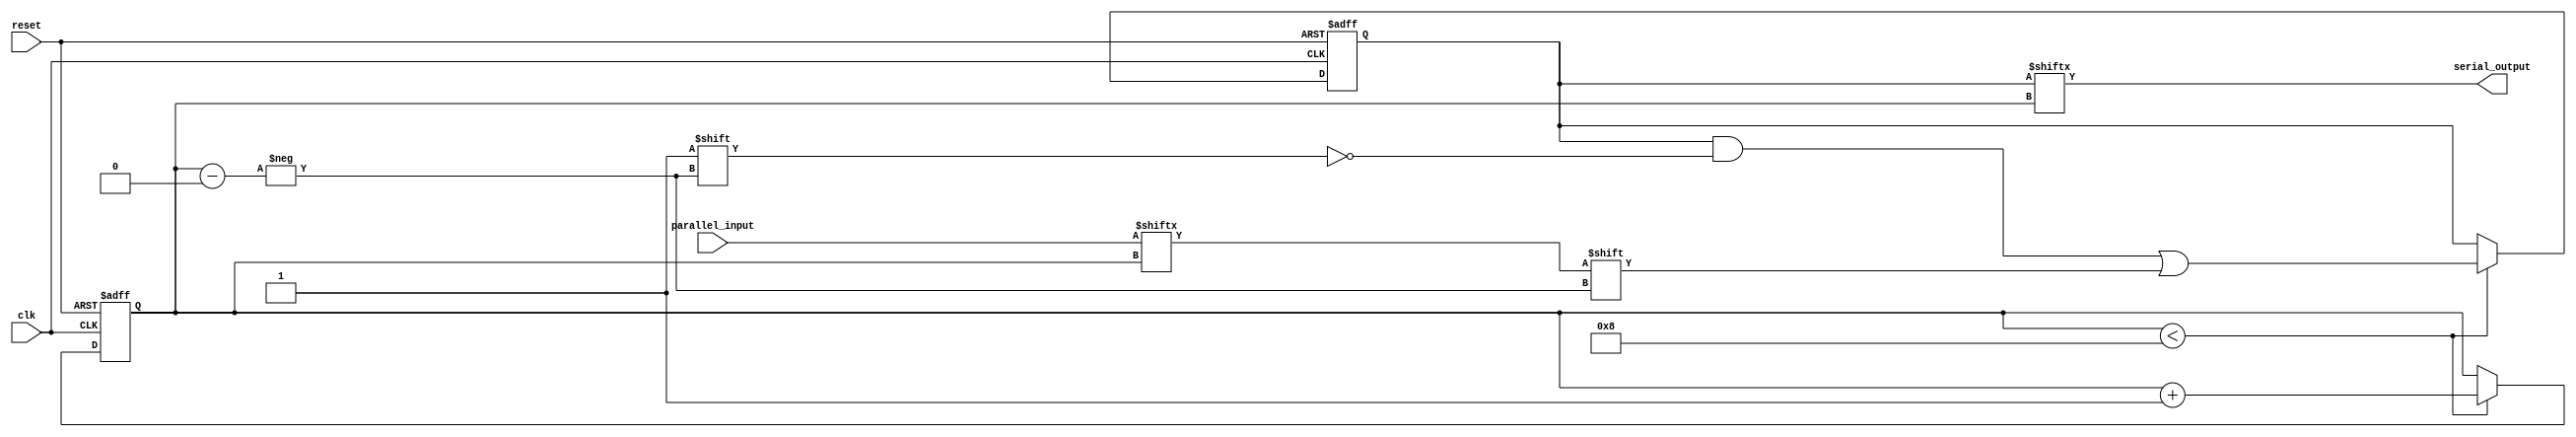
module parallel_in_serial_out_register (
  input [7:0] parallel_input,
  input clk,
  input reset,
  output serial_output
);

reg [7:0] data_register;
reg count;

always @(posedge clk or posedge reset) begin
  if (reset) begin
    data_register <= 8'h0;
    count <= 0;
  end else begin
    if (count < 8) begin
      data_register[count] <= parallel_input[count];
      count <= count + 1;
    end
  end
end

assign serial_output = data_register[count];

endmodule